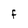
Character: F